Leaving Certificate Examination (including Day School Certificate (Higher) General paper), 1939
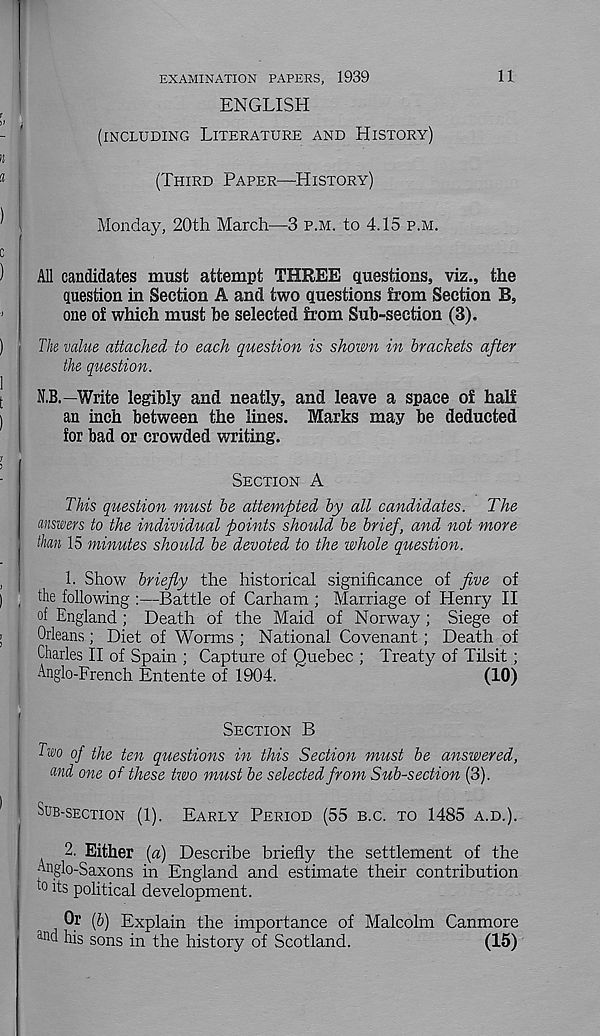
EXAMINATION PAPERS, 1939
11
ENGLISH
(INCLUDINCX LITERATURE AND HISTORY)
(THIRD PAPER—HISTORY)
Monday, 20th March—3 P.M. to 4.15 P.M.
All candidates must attempt THREE questions, viz., the
question in Section A and two questions from Section B,
one of which must be selected from Sub-section (3).
Tk value attached to each question is shown in brackets after
the question.
N.B.—Write legibly and neatly, and leave a space of half
an inch between the lines. Marks may be deducted
for bad or crowded writing.
SECTION A
This question must be attempted by all candidates. The
answers to the individual points should be brief, and not more
than 15 minutes should be devoted to the whole question.
1. Show briefly the historical significance of five of
the following :—Battle of Carham ; Marriage of Henry II
of England ; Death of the Maid of Norway; Siege of
Orleans ; Diet of Worms ; National Covenant ; Death of
Charles II of Spain ; Capture of Quebec ; Treaty of Tilsit;
Anglo-French Entente of 1904.
(10)
SECTION B
Ewo of the ten questions in this Section must be answered,
and one of these two must be selected from Sub-section (3).
SUB-SECTION (1).
EARLY PERIOD (55 B.C. TO 1485 A.D.).
2. Either [a) Describe briefly the settlement of the
Anglo-Saxons in England and estimate their contribution
to its political development.
Or (b) Explain the importance of Malcolm Canmore
ai M his sons in the history of Scotland.
(15)